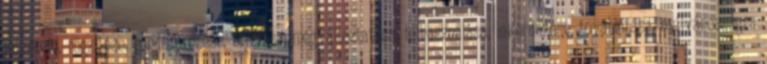
felvétele, rögzítése, rendszerezése, tárolása, megváltoztatása, felhasználása, lekérdezése, továbbítása, nyilvánosságra